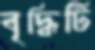
বৃদ্ধিটি